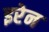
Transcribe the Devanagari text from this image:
इरेन